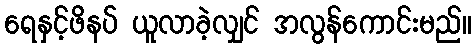
ရေနှင့်ဖိနပ် ယူလာခဲ့လျှင် အလွန်ကောင်းမည်။